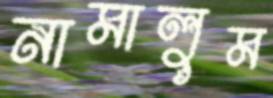
নামালুম